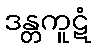
ဒန္တကူဋံ